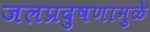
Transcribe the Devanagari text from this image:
जलप्रदुषणामुळे